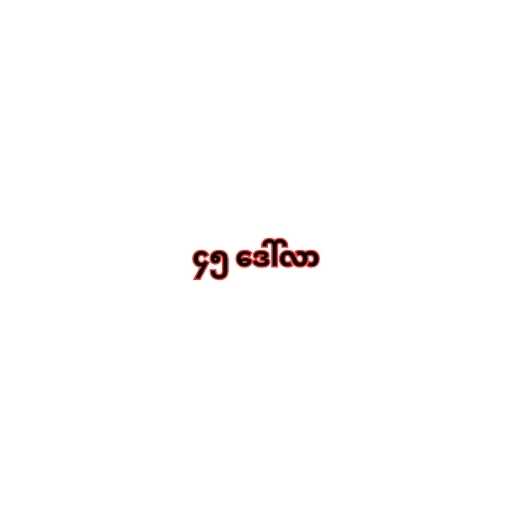
၄၅ ဒေါ်လာ